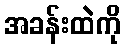
အခန်းထဲကို